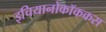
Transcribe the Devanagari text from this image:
इचियानोकॉककस